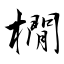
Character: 橌